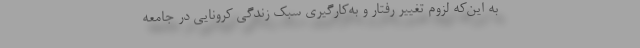
به این‌که لزوم تغییر رفتار و به‌کارگیری سبک زندگی کرونایی در جامعه